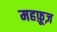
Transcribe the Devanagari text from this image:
महफ़ूज़